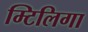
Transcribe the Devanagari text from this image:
म्टिलिगा